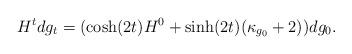
LaTeX: \begin{align*}H^tdg_t={}& (\cosh(2t)H^0+\sinh(2t)(\kappa_{g_0}+2))dg_0.\end{align*}